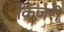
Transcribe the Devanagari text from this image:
किंजरी